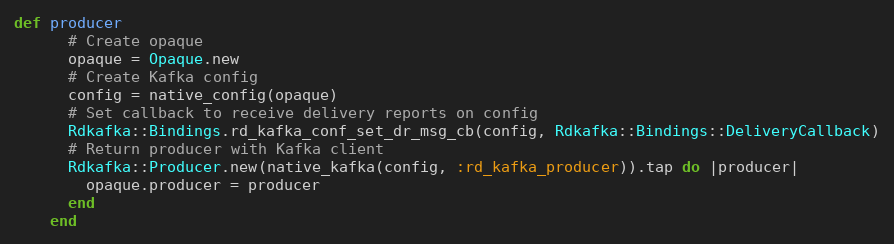
Language: Ruby
def producer
      # Create opaque
      opaque = Opaque.new
      # Create Kafka config
      config = native_config(opaque)
      # Set callback to receive delivery reports on config
      Rdkafka::Bindings.rd_kafka_conf_set_dr_msg_cb(config, Rdkafka::Bindings::DeliveryCallback)
      # Return producer with Kafka client
      Rdkafka::Producer.new(native_kafka(config, :rd_kafka_producer)).tap do |producer|
        opaque.producer = producer
      end
    end